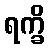
ရက္ခိ